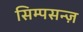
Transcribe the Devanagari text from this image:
सिम्पसन्ज़